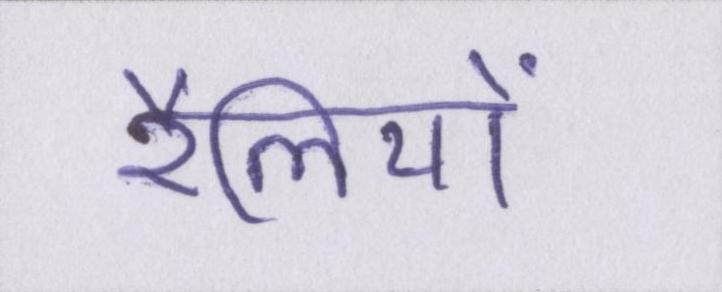
रैलियों